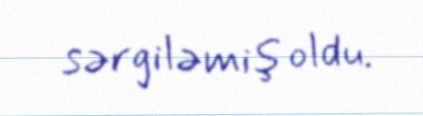
sərgiləmiş oldu.